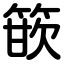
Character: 篏